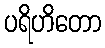
ပရိဟိတော